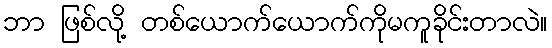
ဘာ ဖြစ်လို့ တစ်ယောက်ယောက်ကိုမကူခိုင်းတာလဲ။